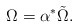
\begin{align*}\Omega = \alpha^* \tilde \Omega.\end{align*}